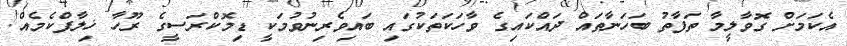
އެކަމަށް ގޮވާލީމާ ތަފާތު ބަހަނާތައް ދައްކައިގެ ވާހަކަތަކުގައި ބައިވެރިނުވުމަކީ ޑިމޮކްރަސީގެ ރޫހާ ޚިލާފްކެމެއް!